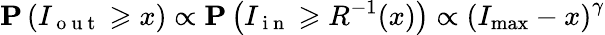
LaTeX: \mathbf P\left(I_{\mathrm{~o~u~t~}}\geqslant x\right)\propto\mathbf P\left(I_{\mathrm{~i~n~}}\geqslant R^{-1}(x)\right)\propto\left(I_{\operatorname*{max}}-x\right)^{\gamma}